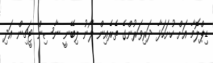
ޑިޕްލޮމާ އަށް ހުށަހަޅާ ދަރިވަރުންގެ ތެރެއިން ލޯނު ލިބޭނީ ނާސިން ޓީޗިން އަދި